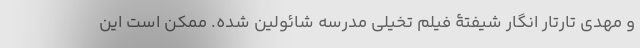
و مهدی تارتار انگار شیفتۀ فیلم تخیلی مدرسه شائولین شده. ممکن است این